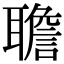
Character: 聸